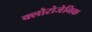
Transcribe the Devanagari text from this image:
क्लोरोजेनिक